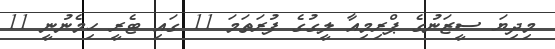
މިދިޔަ ސީޒަނުގެ ޕްރިމިއާ ލީގުގެ ފުރަތަމަ 11 ގައި ޓެރީ ހިމެނުނީ 11